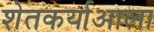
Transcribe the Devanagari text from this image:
शेतकर्याआला